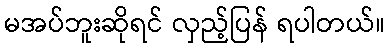
မအပ်ဘူးဆိုရင် လှည့်ပြန် ရပါတယ်။